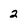
Character: 2